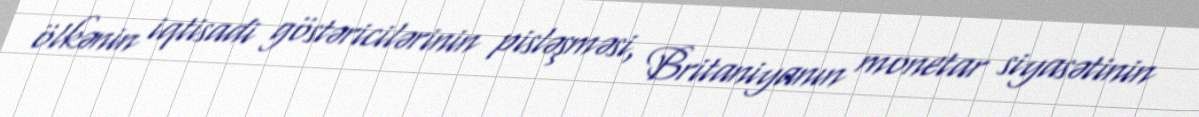
ölkənin iqtisadi göstəricilərinin pisləşməsi, Britaniyanın monetar siyasətinin